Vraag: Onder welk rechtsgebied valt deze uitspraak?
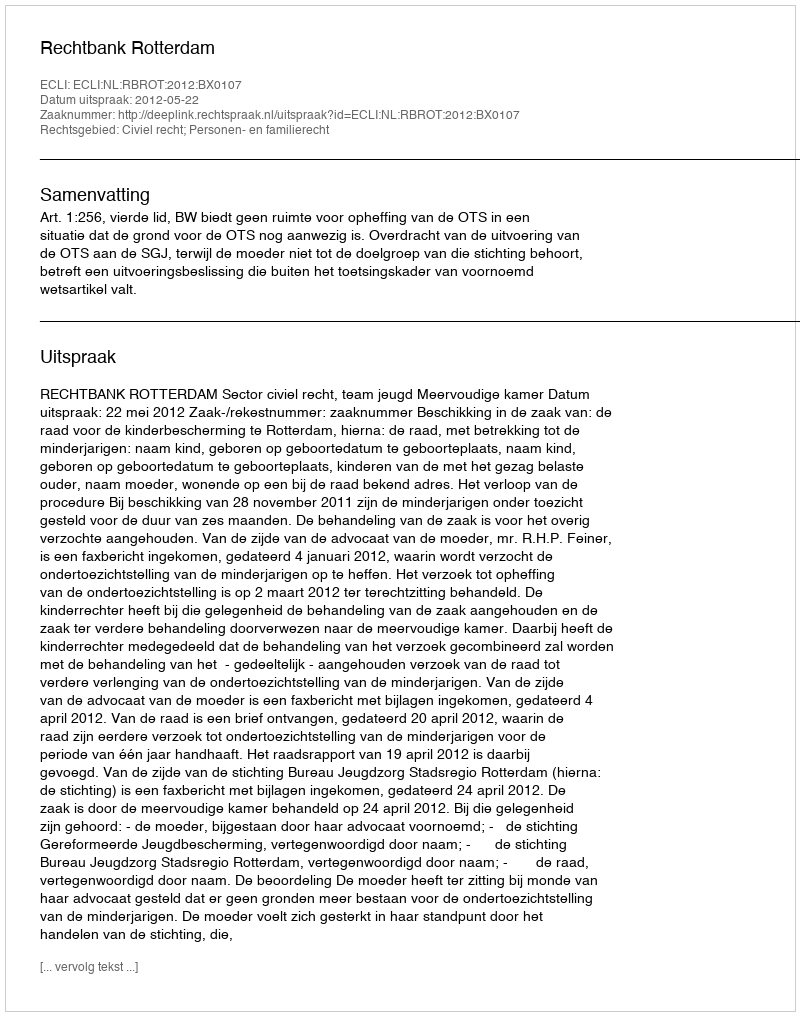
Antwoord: Civiel recht; Personen- en familierecht